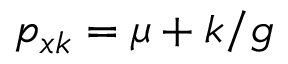
p _ { x k } = \mu + k / g